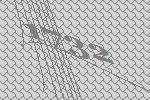
1732